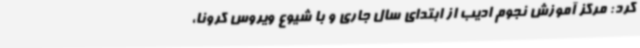
کرد: مرکز آموزش نجوم ادیب از ابتدای سال جاری و با شیوع ویروس کرونا،